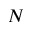
N